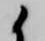
候